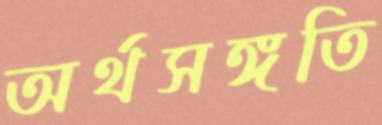
অর্থসঙ্গতি